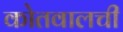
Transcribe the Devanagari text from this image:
कोतवालची